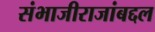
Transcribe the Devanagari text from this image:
संभाजीराजांबद्दल